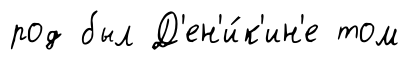
род был Д'ен'и́к'ин'е том